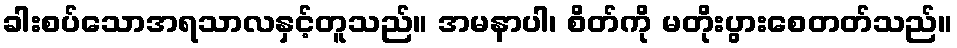
ခါးစပ်သောအရသာလနှင့်တူသည်။ အမနာပါ၊ စိတ်ကို မတိုးပွားစေတတ်သည်။